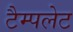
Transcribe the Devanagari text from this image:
टैम्पलेट